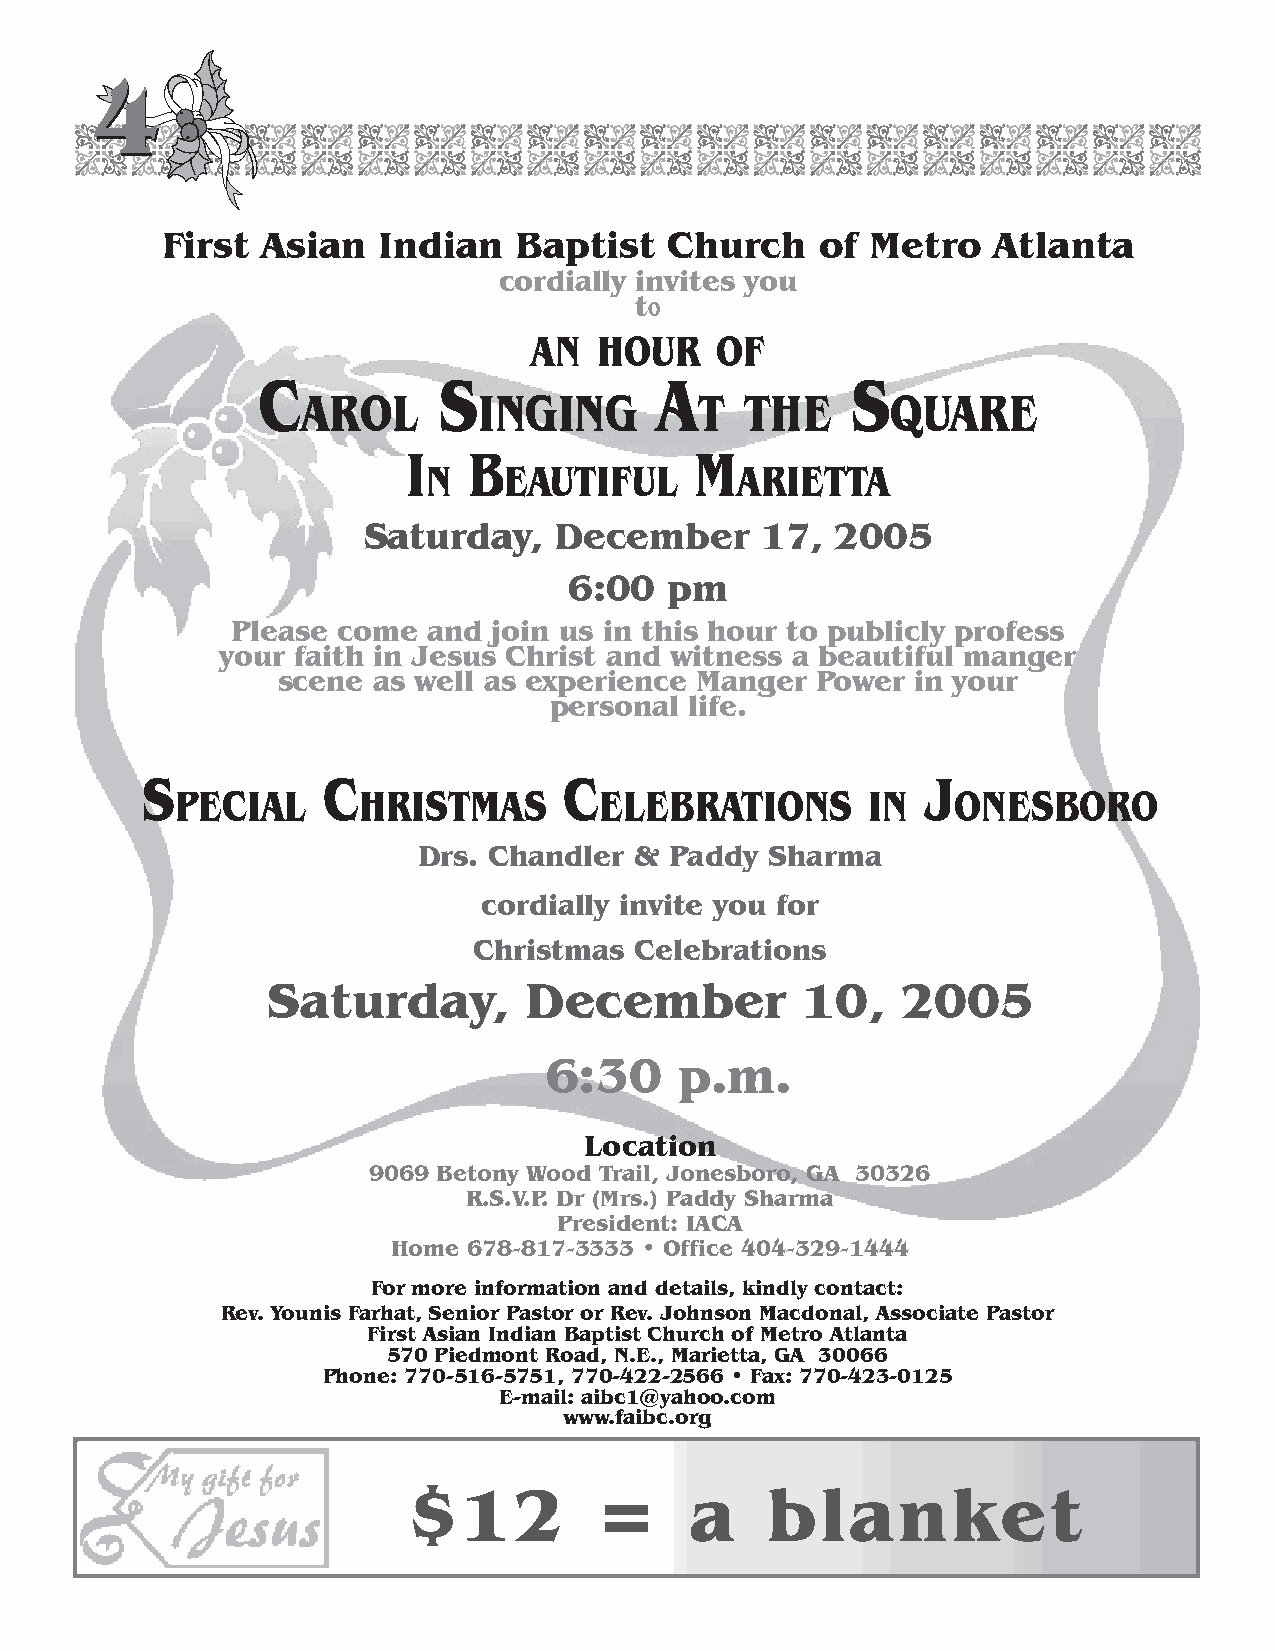
44
 First Asian   Indian   Baptist   Church    of  Metro   Atlanta
 cordially invites you
 t
 o
 An   hour   oF
 C           s              A           s
 Arol        inGinG        T  The       quAre
 i   B              M
 n    eAuTiFul        ArieTTA
 Saturday,    December     17,  2005
 6:00  pm
 Please come  and  join us in this hour to publicly profess
 your faith in Jesus Christ and witness a beautiful manger
 scene  as well as experience Manger Power  in your
 personal  life.
 s           C               C                       J
 peCiAl      hrisTMAs        eleBrATions       in   onesBoro
 Drs. Chandler & Paddy  Sharma
 cordially invite you for
 Christmas  Celebrations
 Saturday,        December          10,    2005
 6:30     p.m.
 Location
 9069 Betony Wood Trail, Jonesboro, GA 30326
 R.S.V.P. Dr (Mrs.) Paddy Sharma
 President: IACA
 Home 678>817>3333 • Office 404>329>1444
 For more information and details, kindly contact:
 Rev. Younis Farhat, Senior Pastor or Rev. Johnson Macdonal, Associate Pastor
 First Asian Indian Baptist Church of Metro Atlanta
 570 Piedmont Road, N.E., Marietta, GA 30066
 Phone: 770>516>5751, 770>422>2566 • Fax: 770>423>0125
 E>mail: aibc1@yahoo.com
 www.faibc.org
 $12         =      a    blanket